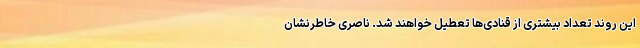
این روند تعداد بیشتری از قنادی‌ها تعطیل خواهند شد. ناصری خاطرنشان